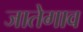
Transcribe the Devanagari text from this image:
जातेगाव